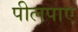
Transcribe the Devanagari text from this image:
पीलपाए